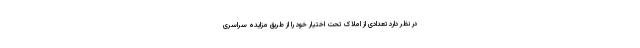
در نظر دارد تعدادی از املاک تحت اختیار خود را از طریق مزایده سراسری